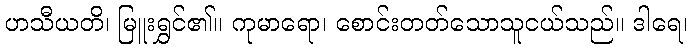
ဟသီယတိ၊ မြူးရွှင်၏။ ကုမာရော၊ စောင်းတတ်သောသူငယ်သည်။ ဒါရေ၊